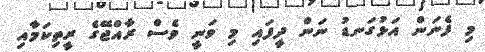
މި ފެނަން އަޅުގަނޑު ނަން ދީފައި މި ވަނީ ވެސް ރާއްޖޭގެ ރީތިކަމާއި